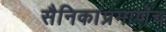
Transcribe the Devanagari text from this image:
सैनिकांप्रमाणेच